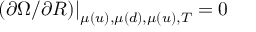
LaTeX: ( \partial { \Omega } / \partial R ) { | } _ { \mu ( u ) , \mu ( d ) , \mu ( u ) , T } ^ { } = 0